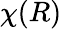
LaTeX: \chi(R)